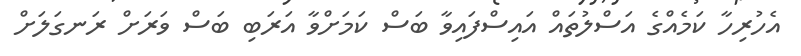
އެހުރިހާ ކަމެއްގެ އަސްލުތައް އައިސްފައިވާ ބަސް ކަމަށްވާ އަރަބި ބަސް ވަރަށް ރަނގަލަށް